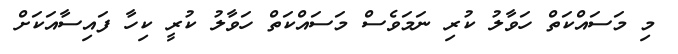
މި މަސައްކަތް ހަވާލު ކުރި ނަމަވެސް މަސައްކަތް ހަވާލު ކުރީ ކިހާ ފައިސާއަކަށް